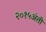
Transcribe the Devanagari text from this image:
२०१५अंती